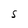
Character: S